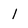
Character: l